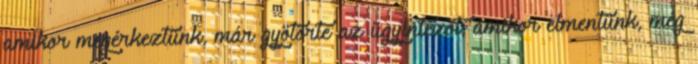
amikor megérkeztünk, már gyötörte az ügyintézőt, amikor elmentünk, még